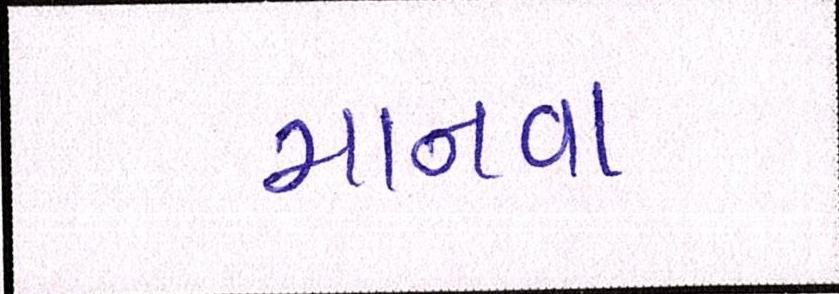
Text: માનવા